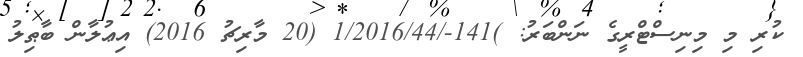
ކުރި މި މިނިސްޓްރީގެ ނަންބަރު: )141-/1/2016/44 (20 މާރިޗު 2016) އިޢުލާން ބާޠިލު